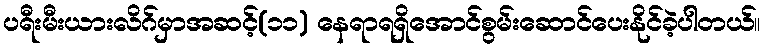
ပရီးမီးယားလိဂ်မှာအဆင့်(၁၁) နေရာရရှိအောင်စွမ်းဆောင်ပေးနိုင်ခဲ့ပါတယ်။